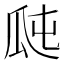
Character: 𤫭